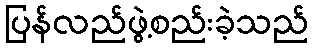
ပြန်လည်ဖွဲ့စည်းခဲ့သည်